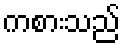
ကစားသည်